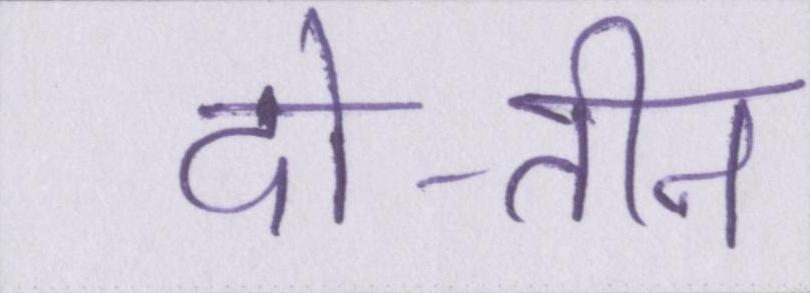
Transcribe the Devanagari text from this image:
दो-तीन